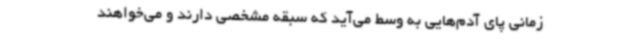
زمانی پای آدم‌هایی به وسط می‌آید که سبقه مشخصی دارند و می‌خواهند